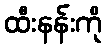
ထီးနန်းကို